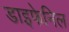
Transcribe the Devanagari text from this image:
डाइफेनिल